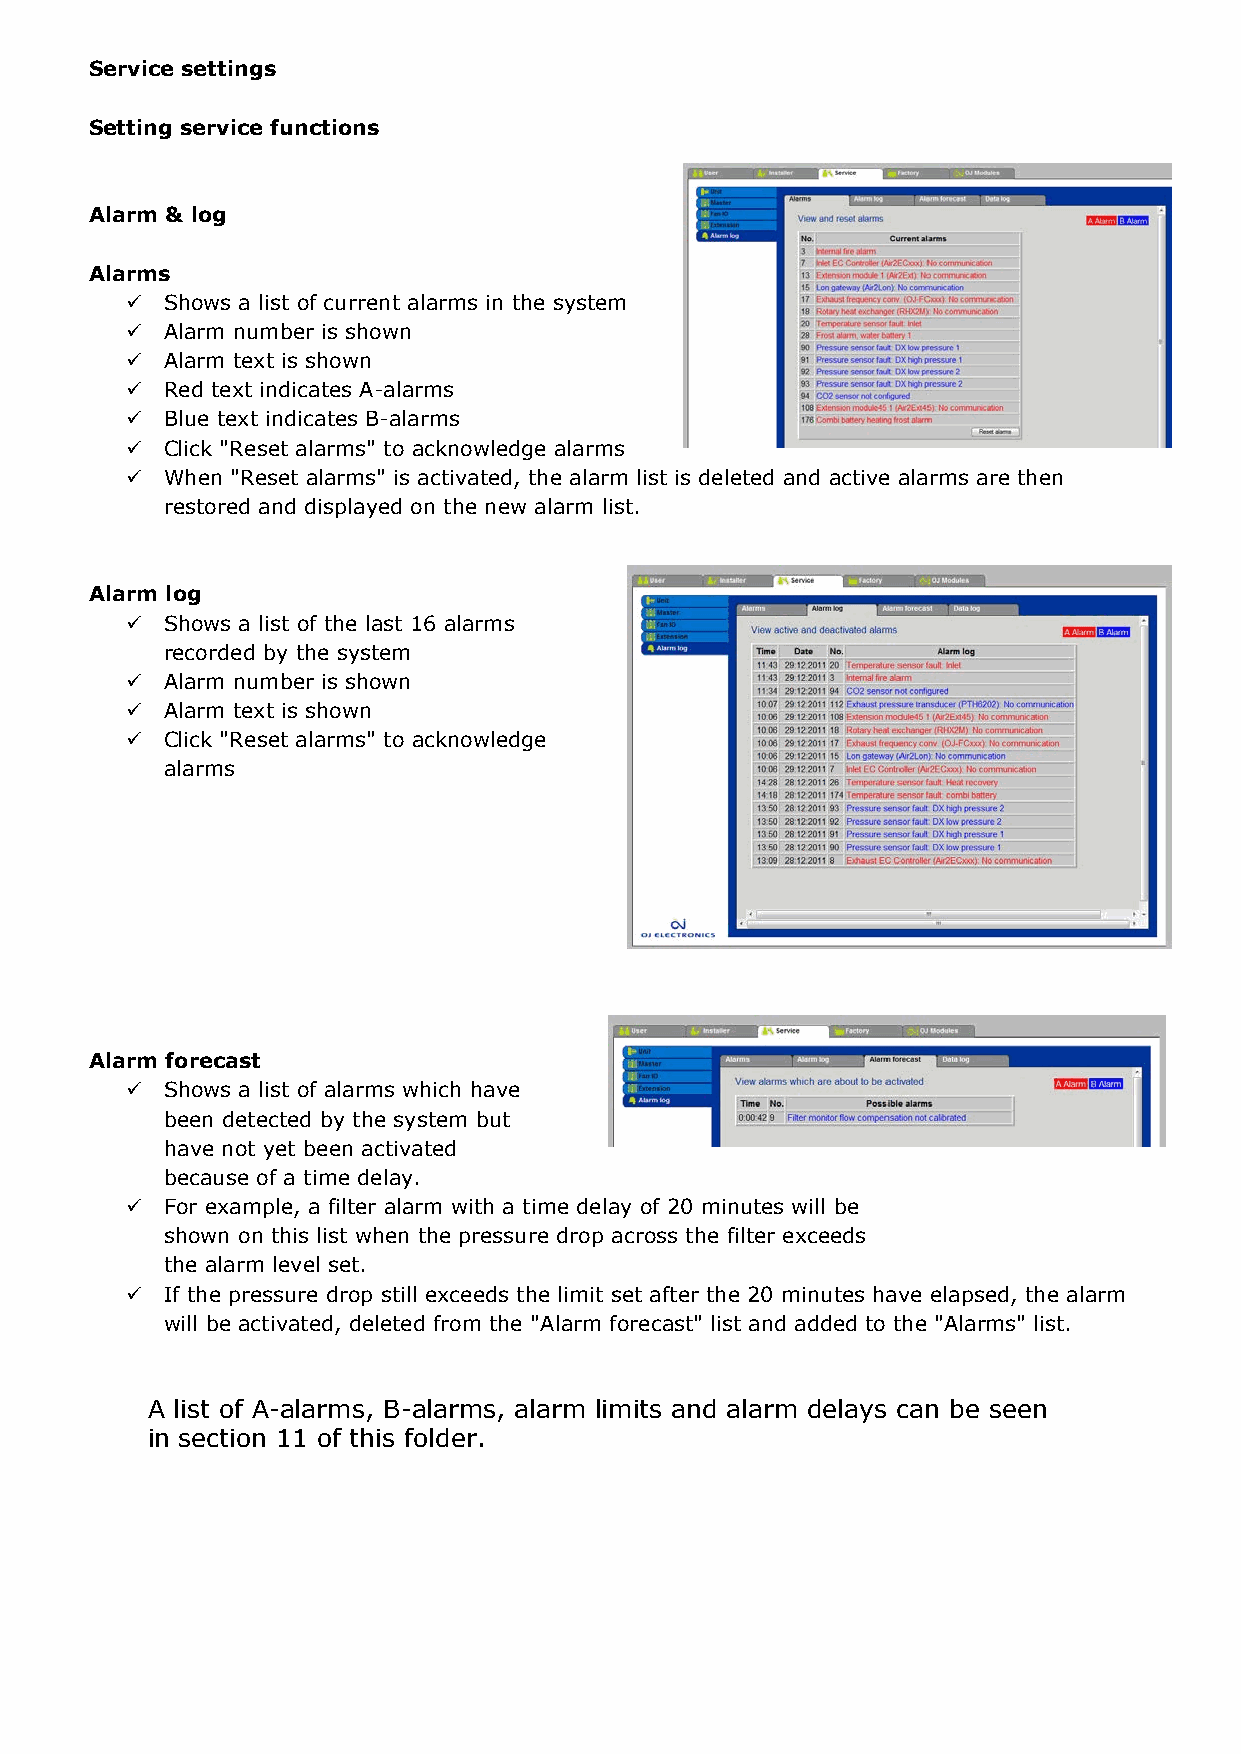
Service settings Service settings
 Connectors overview Setting service functions
 Alarm & log
 Alarms
 Overview display with updated texts for
   Shows a list of current alarms in the system
 current configuration of terminal
   Alarm number is shown
 connections.
   Alarm text is shown
 For documentation purposes:  Red text indicates A-alarms
 Use "Print screen"  Blue text indicates B-alarms
   Click "Reset alarms" to acknowledge alarms
   When "Reset alarms" is activated, the alarm list is deleted and active alarms are then
 restored and displayed on the new alarm list.
 Alarm log
   Shows a list of the last 16 alarms
 recorded by the system
   Alarm number is shown
   Alarm text is shown
   Click "Reset alarms" to acknowledge
 alarms
 Overview display with updated texts for current
 configuration of:
 Terminal connections and
 o
 terminal overview
 Connectors for pressure transmitters
 o
 Select: FanIO 1 or FanIO 2
 Alarm forecast
   Shows a list of alarms which have
 For documentation purposes:
 been detected by the system but
 Use "Print screen"
 have not yet been activated
 because of a time delay.
   For example, a filter alarm with a time delay of 20 minutes will be
 Overview display with updated texts for current shown on this list when the pressure drop across the filter exceeds
 configuration of terminal connections. the alarm level set.
 Select EXT 1, EXT 2, EXT45 1, EXT45 2  If the pressure drop still exceeds the limit set after the 20 minutes have elapsed, the alarm
 will be activated, deleted from the "Alarm forecast" list and added to the "Alarms" list.
 A list of A-alarms, B-alarms, alarm limits and alarm delays can be seen
 For documentation purposes:
 in section 11 of this folder.
 Use "Print screen"